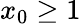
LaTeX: x_{0}\geq 1